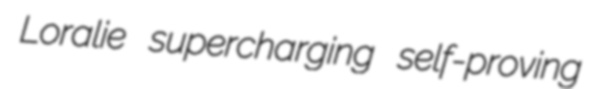
Loralie supercharging self-proving